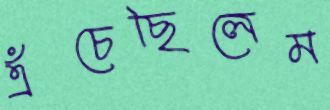
এঁচেছিলেম